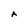
Character: A